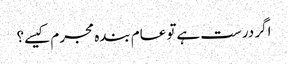
اگر درست ہےتو عام بندہ مجرم کیسے؟